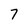
Character: 7